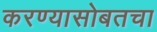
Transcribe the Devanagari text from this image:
करण्यासोबतचा